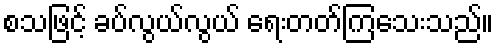
စသဖြင့် ခပ်လွယ်လွယ် ရေးတတ်ကြသေးသည်။